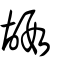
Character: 嘏